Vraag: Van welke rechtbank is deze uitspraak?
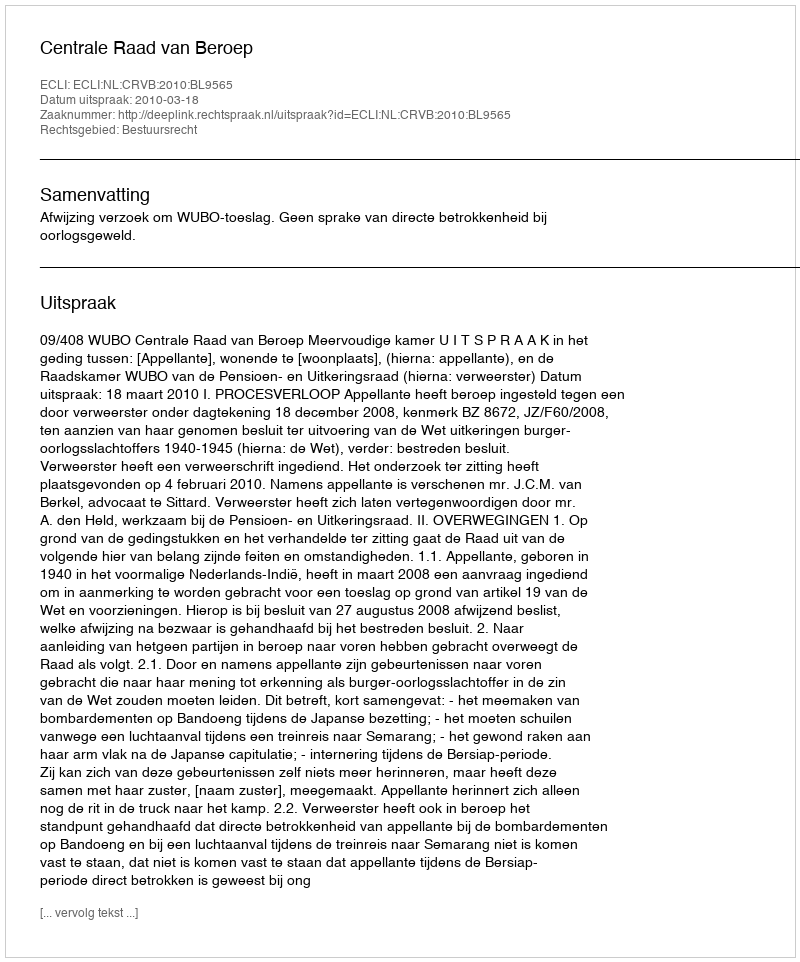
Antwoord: Centrale Raad van Beroep